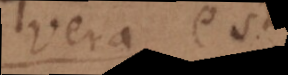
vera est,